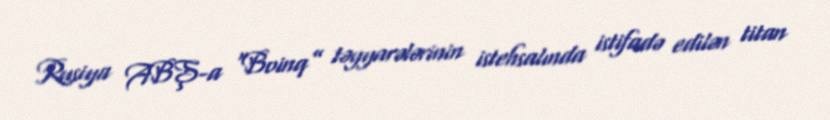
Rusiya ABŞ-a “Boinq” təyyarələrinin istehsalında istifadə edilən titan